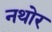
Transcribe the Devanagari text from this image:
नथोर